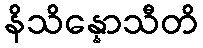
နိသိန္နောသီတိ